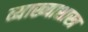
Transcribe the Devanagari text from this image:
व्याख्याशास्त्र